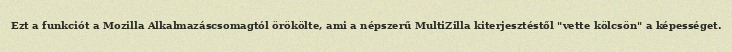
Ezt a funkciót a Mozilla Alkalmazáscsomagtól örökölte, ami a népszerű MultiZilla kiterjesztéstől "vette kölcsön" a képességet.